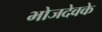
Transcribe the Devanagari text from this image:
भोजदेवके